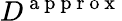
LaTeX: D^{\mathrm{~a~p~p~r~o~x~}}